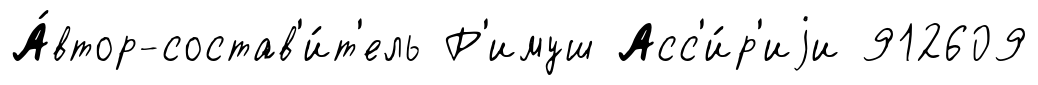
А́втор-состав'и́т'ель Р'имуш Асс'и́р'иjи 912609